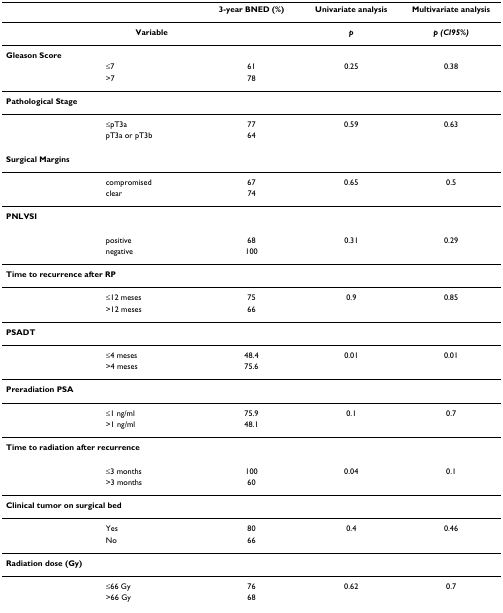
<table><thead><tr><td></td><td></td><td><b>3-year BNED (%)</b></td><td><b>Univariate analysis</b></td><td><b>Multivariate analysis</b></td></tr></thead><tbody><tr><td></td><td><b>Variable</b></td><td></td><td><b><i>p</i></b></td><td><b><i>p (95% CI)</i></b></td></tr><tr><td colspan="5"><b>Gleason Score</b></td></tr><tr><td></td><td>≤7</td><td>61</td><td>0.25</td><td>0.38</td></tr><tr><td></td><td>&gt;7</td><td>78</td><td></td><td></td></tr><tr><td colspan="5"><b>Pathological Stage</b></td></tr><tr><td></td><td>≤pT3a</td><td>77</td><td>0.59</td><td>0.63</td></tr><tr><td></td><td>pT3a or pT3b</td><td>64</td><td></td><td></td></tr><tr><td colspan="5"><b>Surgical Margins</b></td></tr><tr><td></td><td>compromised</td><td>67</td><td>0.65</td><td>0.5</td></tr><tr><td></td><td>clear</td><td>74</td><td></td><td></td></tr><tr><td colspan="5"><b>PNLVSI</b></td></tr><tr><td></td><td>positive</td><td>68</td><td>0.31</td><td>0.29</td></tr><tr><td></td><td>negative</td><td>100</td><td></td><td></td></tr><tr><td colspan="5"><b>Time to recurrence after RP</b></td></tr><tr><td></td><td>≤12 meses</td><td>75</td><td>0.9</td><td>0.85</td></tr><tr><td></td><td>&gt;12 meses</td><td>66</td><td></td><td></td></tr><tr><td colspan="5"><b>PSADT</b></td></tr><tr><td></td><td>≤4 meses</td><td>48.4</td><td>0.01</td><td>0.01</td></tr><tr><td></td><td>&gt;4 meses</td><td>75.6</td><td></td><td></td></tr><tr><td colspan="5"><b>Preradiation PSA</b></td></tr><tr><td></td><td>≤1 ng/ml</td><td>75.9</td><td>0.1</td><td>0.7</td></tr><tr><td></td><td>&gt;1 ng/ml</td><td>48.1</td><td></td><td></td></tr><tr><td colspan="5"><b>Time to radiation after recurrence</b></td></tr><tr><td></td><td>≤3 months</td><td>100</td><td>0.04</td><td>0.1</td></tr><tr><td></td><td>&gt;3 months</td><td>60</td><td></td><td></td></tr><tr><td colspan="5"><b>Clinical tumor on surgical bed</b></td></tr><tr><td></td><td>Yes</td><td>80</td><td>0.4</td><td>0.46</td></tr><tr><td></td><td>No</td><td>66</td><td></td><td></td></tr><tr><td colspan="5"><b>Radiation dose (Gy)</b></td></tr><tr><td></td><td>≤66 Gy</td><td>76</td><td>0.62</td><td>0.7</td></tr><tr><td></td><td>&gt;66 Gy</td><td>68</td><td></td><td></td></tr></tbody></table>